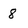
Character: 8